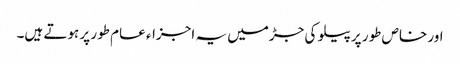
اور خاص طور پر پیلو کی جڑمیں یہ اجزاء عام طور پر ہوتے ہیں۔